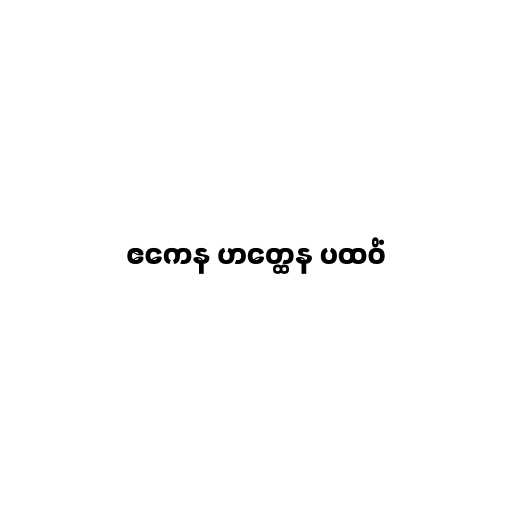
ဧကေန ဟတ္ထေန ပထဝိံ